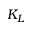
K _ { L }